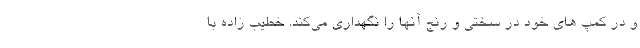
و در کمپ های خود در سختی و رنج آنها را نگهداری می‌کند. خطیب زاده با